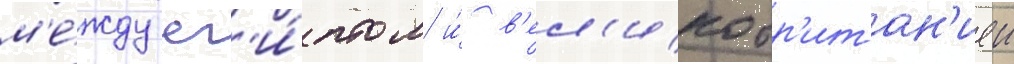
м'е́жду ег'и́птом и́ в'ел'икобр'итан'иеи